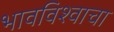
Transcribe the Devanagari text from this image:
भावविश्वाचा